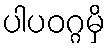
ပါပဝဂ္ဂမှိ